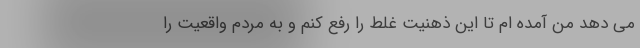
می دهد من آمده ام تا این ذهنیت غلط را رفع کنم و به مردم واقعیت را